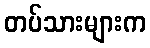
တပ်သားများက